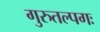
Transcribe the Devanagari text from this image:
गुरुतल्पगः